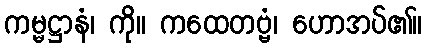
ကမ္မဋ္ဌာနံ၊ ကို။ ကထေတဗ္ဗံ၊ ဟောအပ်၏။